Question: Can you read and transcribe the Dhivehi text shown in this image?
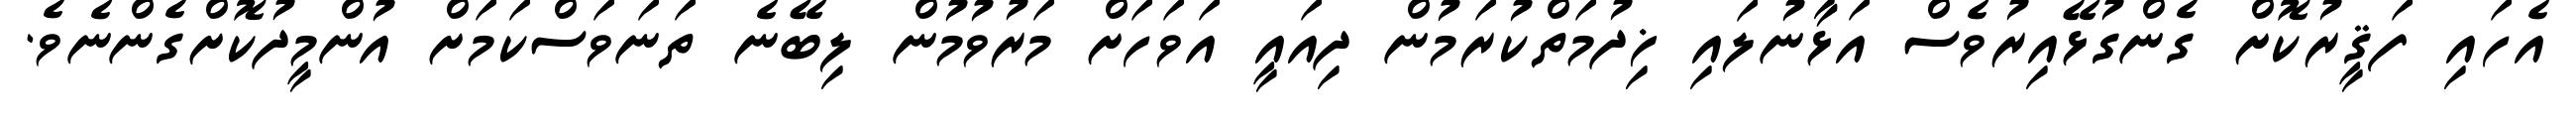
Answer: އެހައި ފަޤީރުކޮށް ގެންގުޅޭއިރުވެސް އަޅާނުލައި ޚިދުމަތްކުރަމުން ދިއައީ އަވަހަށް މަރުވުމުން ލިބޭނެ ތަނަވަސްކަމަށް އުންމީދުކޮށްގެންނެވެ.